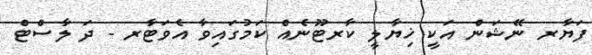
ފަޔާރ ނޭޝަން އަކީ ޚިޔާލީ ކާރޓޫނެއް ކަމުގައިވާ އެވަޓާރ - ދަ ލާސްޓް